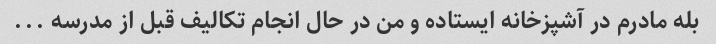
بله مادرم در آشپزخانه ایستاده و من در حال انجام تکالیف قبل از مدرسه ...